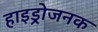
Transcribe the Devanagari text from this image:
हाइड्रोजनक